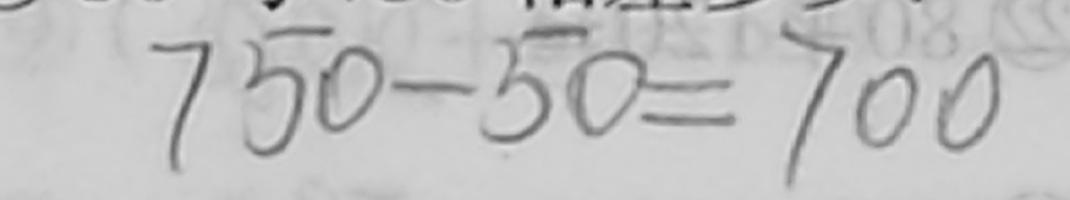
7 5 0 - 5 0 = 7 0 0